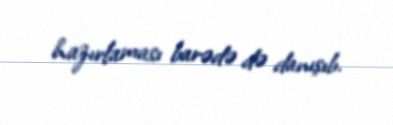
hazırlaması barədə də danışıb.